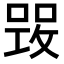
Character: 𠹣